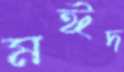
মঈদ